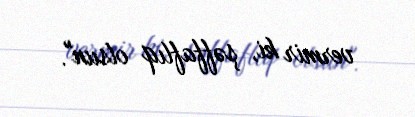
vermir ki, şəffaflıq olsun".